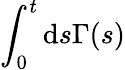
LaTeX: \int_{0}^{t}\mathrm{d}s\Gamma(s)